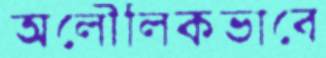
অলৌলিকভাবে